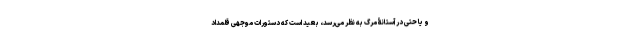
و یا حتی در آستانۀ مرگ به نظر می‌رسد، بعید است که دستورات موجهی قلمداد